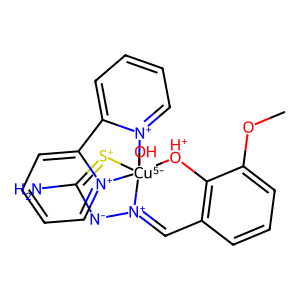
SMILES: COc1cccc2c1[OH+][Cu-5]13(O)([S+]=C(N)[N-][N+]1=C2)[n+]1ccccc1-c1cccc[n+]13
Inhibits HIV replication: No